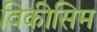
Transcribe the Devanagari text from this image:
विकीसिम